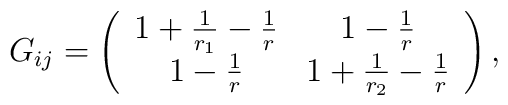
G_{ij}=\left( \begin{array}{cc}                   1+\frac{1}{r_1} -\frac{1}{r} & 1-\frac{1}{r}\\                    1-\frac{1}{r} & 1+\frac{1}{r_2}-\frac{1}{r}                  \end{array}\right),